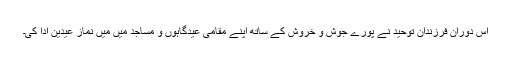
اس دوران فرزندان توحید نے پورے جوش و خروش کے ساتھ اپنے مقامی عیدگاہوں و مساجد میں میں نماز عیدین ادا کی۔